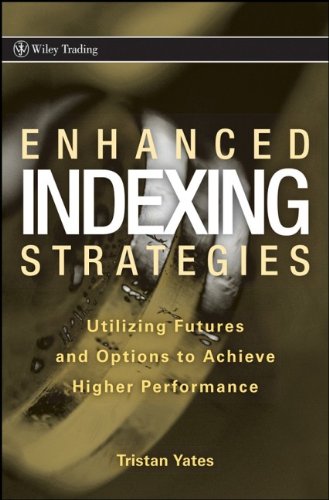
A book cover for Enhanced Indexing Strategies: Utilizing Futures and Options to Achieve Higher Performance; Tristan Yates; Business & Money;